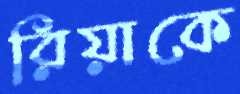
রিয়াকে